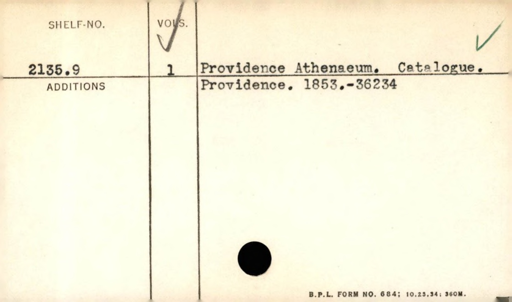
Label: content